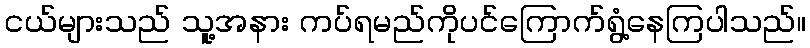
ငယ်များသည် သူ့အနား ကပ်ရမည်ကိုပင်ကြောက်ရွံ့နေကြပါသည်။